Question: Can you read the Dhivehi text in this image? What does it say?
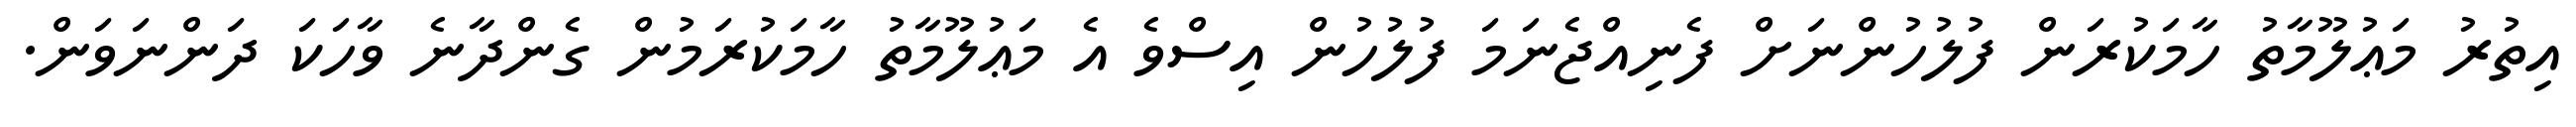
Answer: އިތުރު މަޢުލޫމާތު ހާމަކުރަން ފުލުހުންނަށް ފެނިއްޖެނަމަ ފުލުހުން އިސްވެ އެ މަޢުލޫމާތު ހާމަކުރަމުން ގެންދާނެ ވާހަކަ ދަންނަވަން.